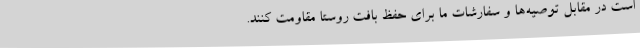
است در مقابل توصیه‌ها و سفارشات ما برای حفظ بافت روستا مقاومت ‌کنند.